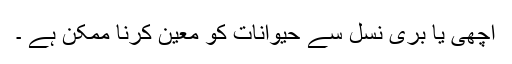
اچھی یا بری نسل سے حیوانات کو معین کرنا ممکن ہے ۔